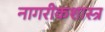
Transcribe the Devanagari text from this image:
नागरीकशास्त्र